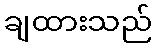
ချထားသည်